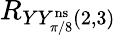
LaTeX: R_{YY_{\pi/8}^{\mathrm{ns}}(2,3)}